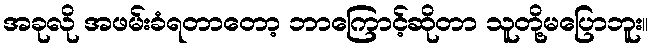
အခုလို အဖမ်းခံရတာတော့ ဘာကြောင့်ဆိုတာ သူတို့မပြောဘူး။